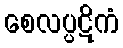
စေလပ္ပဋိကံ